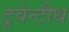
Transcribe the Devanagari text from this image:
टुवेन्टीथ